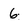
Character: 6